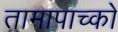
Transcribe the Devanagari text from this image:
तामापाच्को